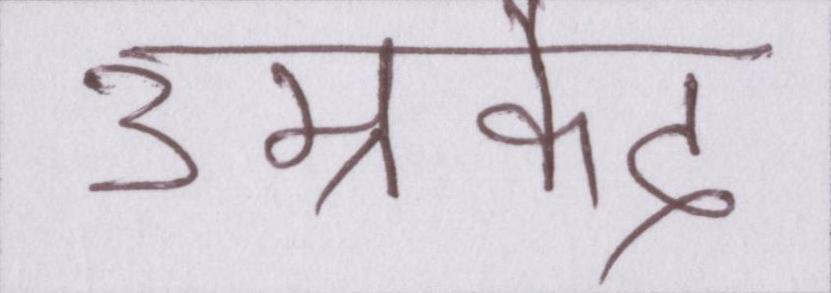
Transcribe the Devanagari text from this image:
उम्रकैद